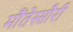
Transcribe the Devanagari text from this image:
मौंतेस्सौरी